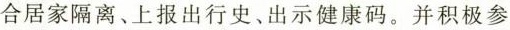
合居家隔离、上报出行史、出示健康码。并积极参